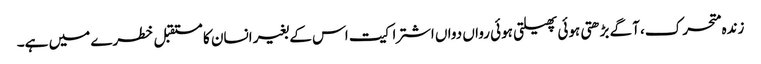
زندہ متحرک، آگے بڑھتی ہوئی پھیلتی ہوئی رواں دواں اشتراکیت اس کے بغیر انسان کا مستقبل خطرے میں ہے۔